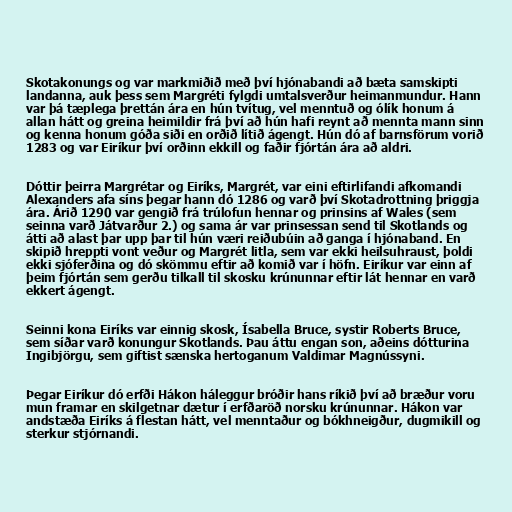
Skotakonungs og var markmiðið með því hjónabandi að bæta samskipti
landanna, auk þess sem Margréti fylgdi umtalsverður heimanmundur. Hann
var þá tæplega þrettán ára en hún tvítug, vel menntuð og ólík honum á
allan hátt og greina heimildir frá því að hún hafi reynt að mennta mann sinn
og kenna honum góða siði en orðið lítið ágengt. Hún dó af barnsförum vorið
1283 og var Eiríkur því orðinn ekkill og faðir fjórtán ára að aldri.

Dóttir þeirra Margrétar og Eiríks, Margrét, var eini eftirlifandi afkomandi
Alexanders afa síns þegar hann dó 1286 og varð því Skotadrottning þriggja
ára. Árið 1290 var gengið frá trúlofun hennar og prinsins af Wales (sem
seinna varð Játvarður 2.) og sama ár var prinsessan send til Skotlands og
átti að alast þar upp þar til hún væri reiðubúin að ganga í hjónaband. En
skipið hreppti vont veður og Margrét litla, sem var ekki heilsuhraust, þoldi
ekki sjóferðina og dó skömmu eftir að komið var í höfn. Eiríkur var einn af
þeim fjórtán sem gerðu tilkall til skosku krúnunnar eftir lát hennar en varð
ekkert ágengt.

Seinni kona Eiríks var einnig skosk, Ísabella Bruce, systir Roberts Bruce,
sem síðar varð konungur Skotlands. Þau áttu engan son, aðeins dótturina
Ingibjörgu, sem giftist sænska hertoganum Valdimar Magnússyni.

Þegar Eiríkur dó erfði Hákon háleggur bróðir hans ríkið því að bræður voru
mun framar en skilgetnar dætur í erfðaröð norsku krúnunnar. Hákon var
andstæða Eiríks á flestan hátt, vel menntaður og bókhneigður, dugmikill og
sterkur stjórnandi.